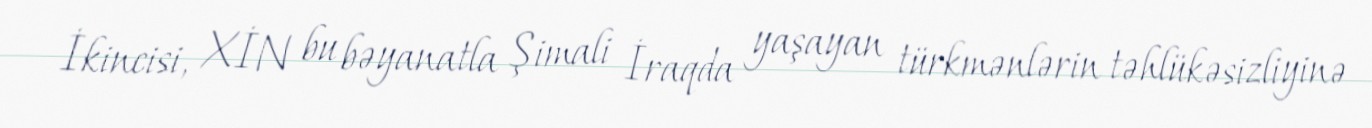
İkincisi, XİN bu bəyanatla Şimali İraqda yaşayan türkmənlərin təhlükəsizliyinə